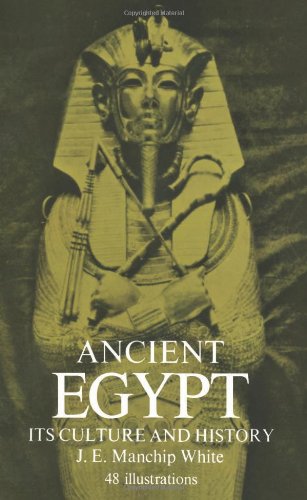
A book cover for Ancient Egypt: Its Culture and History; J. E. Manchip White; Travel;